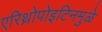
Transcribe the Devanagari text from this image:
एरिथ्रोपोइटिनमुळे